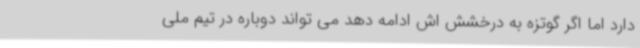
دارد اما اگر گوتزه به درخشش اش ادامه دهد می تواند دوباره در تیم ملی